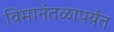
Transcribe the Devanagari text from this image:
विमानंतळापर्यंत